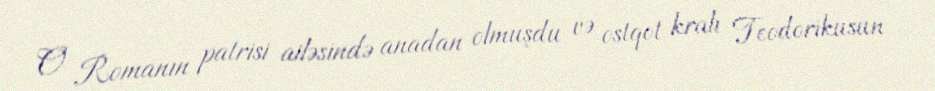
O Romanın patrisi ailəsində anadan olmuşdu və ostqot kralı Teodorikusun